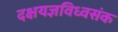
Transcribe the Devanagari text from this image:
दक्षयज्ञविध्वसंक